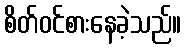
စိတ်ဝင်စားနေခဲ့သည်။